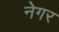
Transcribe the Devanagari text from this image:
नेगर